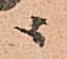
ニ